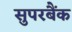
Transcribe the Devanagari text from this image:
सुपरबैंक